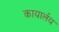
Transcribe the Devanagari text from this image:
कायार्लय